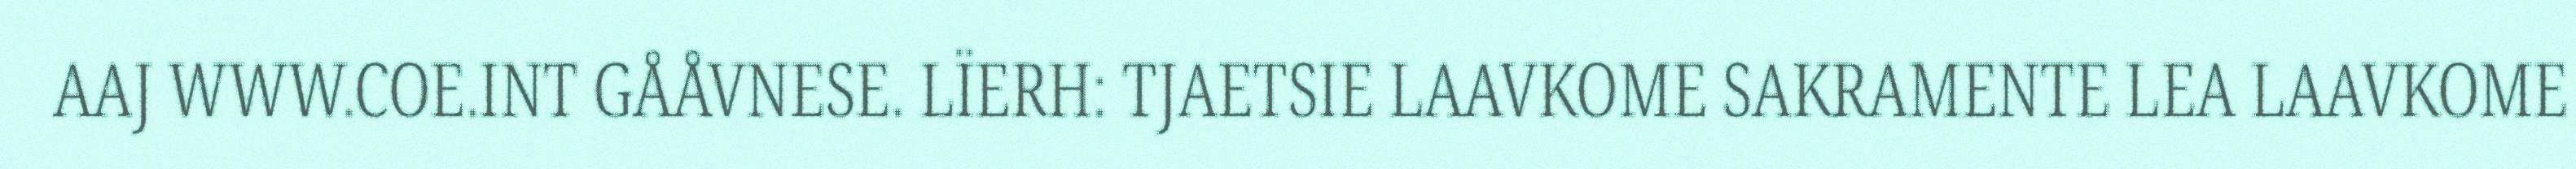
AAJ WWW.COE.INT GÅÅVNESE. LÏERH: TJAETSIE LAAVKOME SAKRAMENTE LEA LAAVKOME